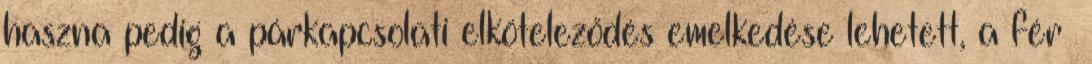
haszna pedig a párkapcsolati elköteleződés emelkedése lehetett, a férﬁ